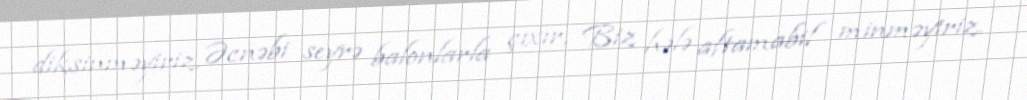
diksinməyiriz, Əcnəbi seyrə balonlarla çıxır, Biz hələ aftamabil minməyiriz.